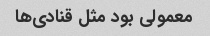
معمولی بود مثل قنادی‌ها